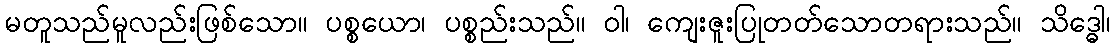
မတူသည်မူလည်းဖြစ်သော။ ပစ္စယော၊ ပစ္စည်းသည်။ ဝါ၊ ကျေးဇူးပြုတတ်သောတရားသည်။ သိဒ္ဓေါ၊